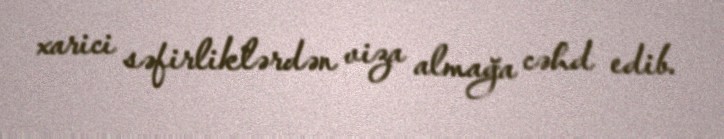
xarici səfirliklərdən viza almağa cəhd edib.